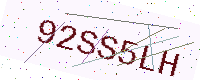
Text: 92SS5LH